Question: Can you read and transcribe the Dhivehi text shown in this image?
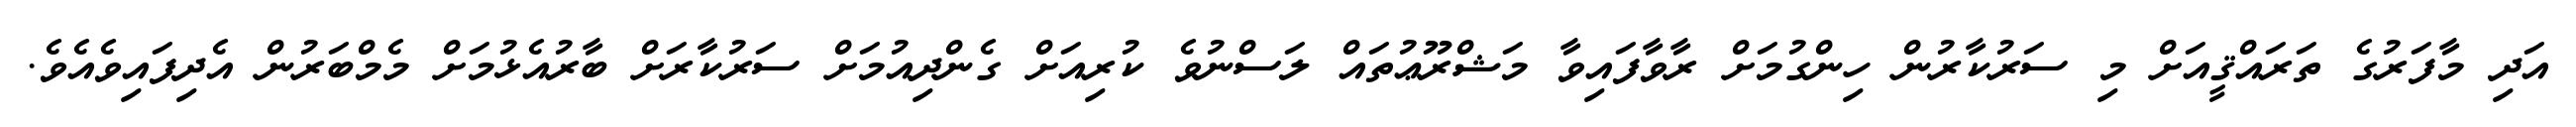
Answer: އަދި މާފަރުގެ ތަރައްޤީއަށް މި ސަރުކާރުން ހިންގުމަށް ރާވާފައިވާ މަޝްރޫޢުތައް ލަސްނުވެ ކުރިއަށް ގެންދިއުމަށް ސަރުކާރަށް ބާރުއެޅުމަށް މެމްބަރުން އެދިފައިވެއެވެ.